Document type: Sale
Year: 1305
Scribe: Bernat de Vilarúbia
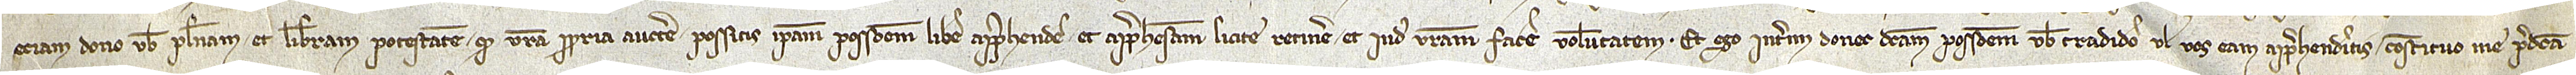
etiam dono vobis plenam et liberam potestatem quod vestra propria auctoritate possitis ipsam possessionem libere apprehendere et apprehensam licite retinere, et inde facere voluntatem. Et ego interim donec dictam possessionem vobis tradidero vel vos eam apprehenderitis constituo me predicta